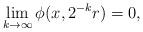
LaTeX: \begin{align*}\lim_{k \to \infty} \phi(x, 2^{-k}r)=0,\end{align*}